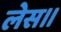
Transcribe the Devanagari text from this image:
लेस॥